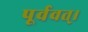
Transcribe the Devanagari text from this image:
पूर्ववत्।